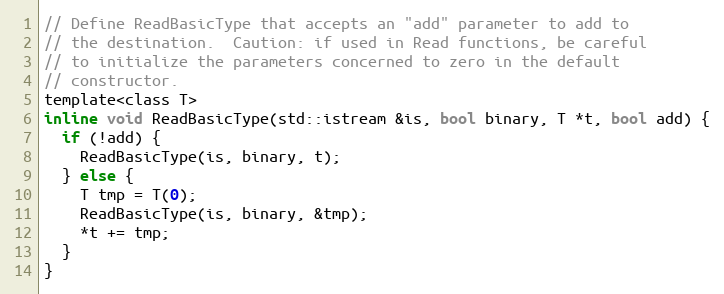
Language: C
// Define ReadBasicType that accepts an "add" parameter to add to
// the destination.  Caution: if used in Read functions, be careful
// to initialize the parameters concerned to zero in the default
// constructor.
template<class T>
inline void ReadBasicType(std::istream &is, bool binary, T *t, bool add) {
  if (!add) {
    ReadBasicType(is, binary, t);
  } else {
    T tmp = T(0);
    ReadBasicType(is, binary, &tmp);
    *t += tmp;
  }
}